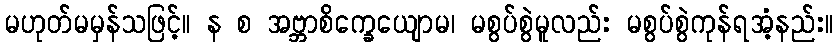
မဟုတ်မမှန်သဖြင့်။ န စ အဗ္ဘာစိက္ခေယျောမ၊ မစွပ်စွဲမူလည်း မစွပ်စွဲကုန်ရအံ့နည်း။